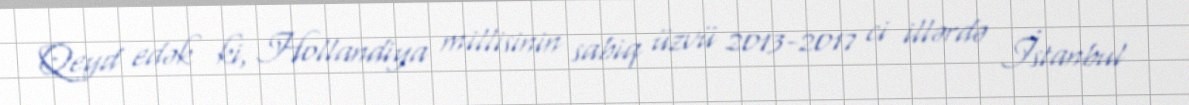
Qeyd edək ki, Hollandiya millisinin sabiq üzvü 2013-2017 ci illərdə İstanbul